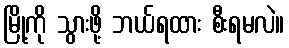
မြို့ကို သွားဖို့ ဘယ်ရထား စီးရမလဲ။